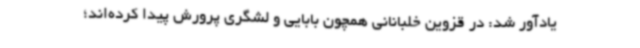
یادآور شد: در قزوین خلبانانی همچون بابایی و لشگری پرورش پیدا کرده‌اند؛